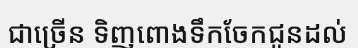
ជាច្រើន ទិញពោងទឹកចែកជូនដល់